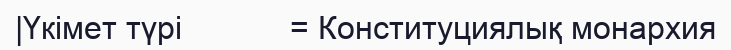
|Үкімет түрі            = Конституциялық монархия